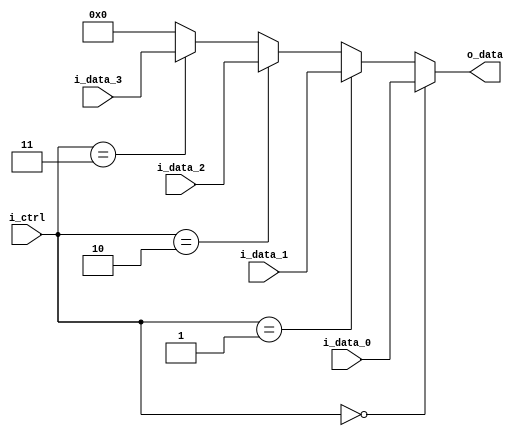
module MUX(
    input [7:0] i_data_0,
    input [7:0] i_data_1,
    input [7:0] i_data_2,
    input [7:0] i_data_3,
    input [1:0] i_ctrl,
    output [7:0] o_data
);
    assign o_data = (i_ctrl == 2'b00) ? i_data_0 :
                    (i_ctrl == 2'b01) ? i_data_1 :
                    (i_ctrl == 2'b10) ? i_data_2 :
                    (i_ctrl == 2'b11) ? i_data_3 :
                    8'b0;

endmodule